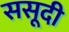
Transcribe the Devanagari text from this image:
ससूदी